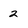
Character: 2